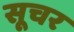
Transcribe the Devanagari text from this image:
सूचर